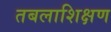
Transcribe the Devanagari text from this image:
तबलाशिक्षण